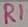
Text: R1